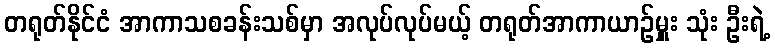
တရုတ်နိုင်ငံ အာကာသစခန်းသစ်မှာ အလုပ်လုပ်မယ့် တရုတ်အာကာယာဉ်မှူး သုံး ဦးရဲ့